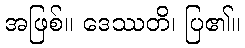
အဖြစ်။ ဒေဿတိ၊ ပြ၏။